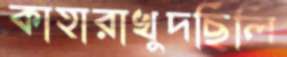
কাহারাখুদছিলি